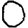
Digit: 0